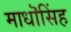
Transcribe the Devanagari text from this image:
माधॊसिंह